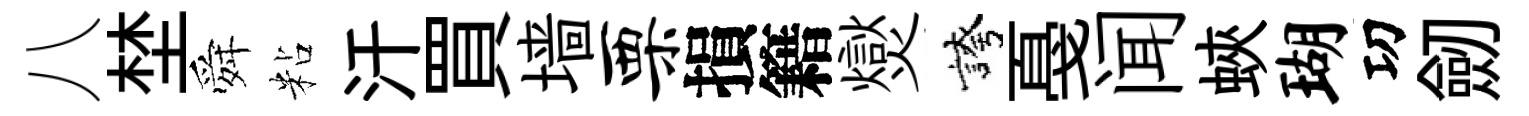
八埜舜粘汗買墙栗損籍爕誇戞闻蛺瑚㓛劒